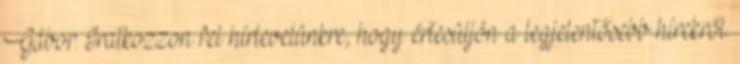
Gábor. Iratkozzon fel hírlevelünkre, hogy értesüljön a legjelentősebb hírekről.